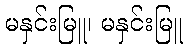
မနှင်းမြူ၊ မနှင်းမြူ